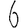
Digit: 6